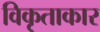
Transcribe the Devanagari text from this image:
विकृताकार